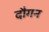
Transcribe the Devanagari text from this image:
दौगन